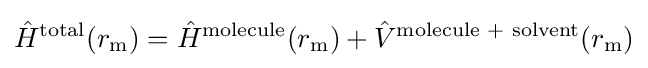
{\hat {H}}^{\mathrm {total} }(r_{\mathrm {m} })={\hat {H}}^{\mathrm {molecule} }(r_{\mathrm {m} })+{\hat {V}}^{\text{molecule + solvent}}(r_{\mathrm {m} })